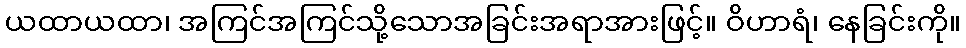
ယထာယထာ၊ အကြင်အကြင်သို့သောအခြင်းအရာအားဖြင့်။ ဝိဟာရံ၊ နေခြင်းကို။